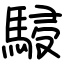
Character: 駸